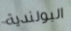
البولندية